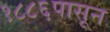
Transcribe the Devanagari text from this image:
१८८६पासून